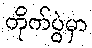
တိုက်ပွဲမှာ